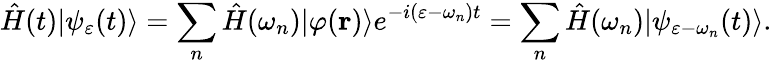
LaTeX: \hat{H}(t)|\psi_{\varepsilon}(t)\rangle=\sum_{n}\hat{H}(\omega_{n})|\varphi({\mathbf r})\rangle e^{-i(\varepsilon-\omega_{n})t}=\sum_{n}\hat{H}(\omega_{n})|\psi_{\varepsilon-\omega_{n}}(t)\rangle.